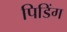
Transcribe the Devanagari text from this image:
पिडिंग